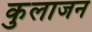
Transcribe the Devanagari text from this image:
कुलाजन